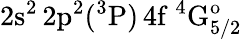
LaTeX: \mathrm{2s^{2}\, 2p^{2}(^{3}P)\, 4f~^{4}G_{5/2}^{o}}